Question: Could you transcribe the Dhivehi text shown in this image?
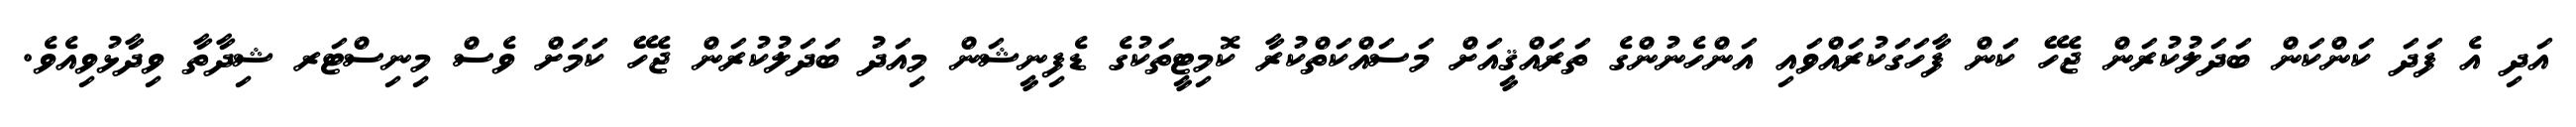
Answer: އަދި އެ ފަދަ ކަންކަން ބަދަލުކުރަން ޖެހޭ ކަން ފާހަގަކުރައްވައި އަންހެނުންގެ ތަރައްޤީއަށް މަސައްކަތްކުރާ ކޮމިޓީތަކުގެ ޑެފިނީޝަން މިއަދު ބަދަލުކުރަން ޖެހޭ ކަމަށް ވެސް މިނިސްޓަރ ޝިދާތާ ވިދާޅުވިއެވެ.